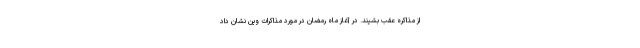
از مذاکره عقب بشیند. در آغاز ماه رمضان در مورد مذاکرات وین نشان داد